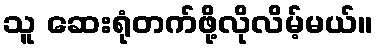
သူ ဆေးရုံတက်ဖို့လိုလိမ့်မယ်။